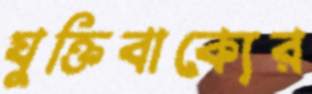
যুক্তিবাক্যের